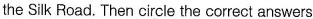
the Silk Road. Then circle the correct answers